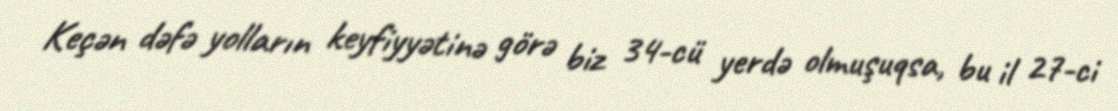
Keçən dəfə yolların keyfiyyətinə görə biz 34-cü yerdə olmuşuqsa, bu il 27-ci